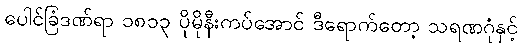
ပေါင်ခြံဒဏ်ရာ ၁၈၁၃ ပိုမိုနီးကပ်အောင် ဒီရောက်တော့ သရဏဂုံနှင့်